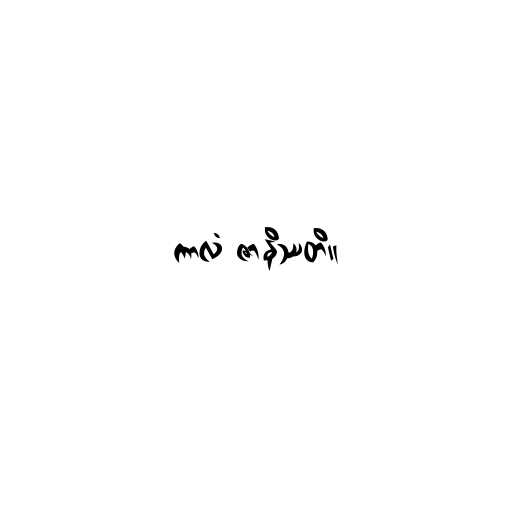
ကာလံ ဇာနိဿတိ။